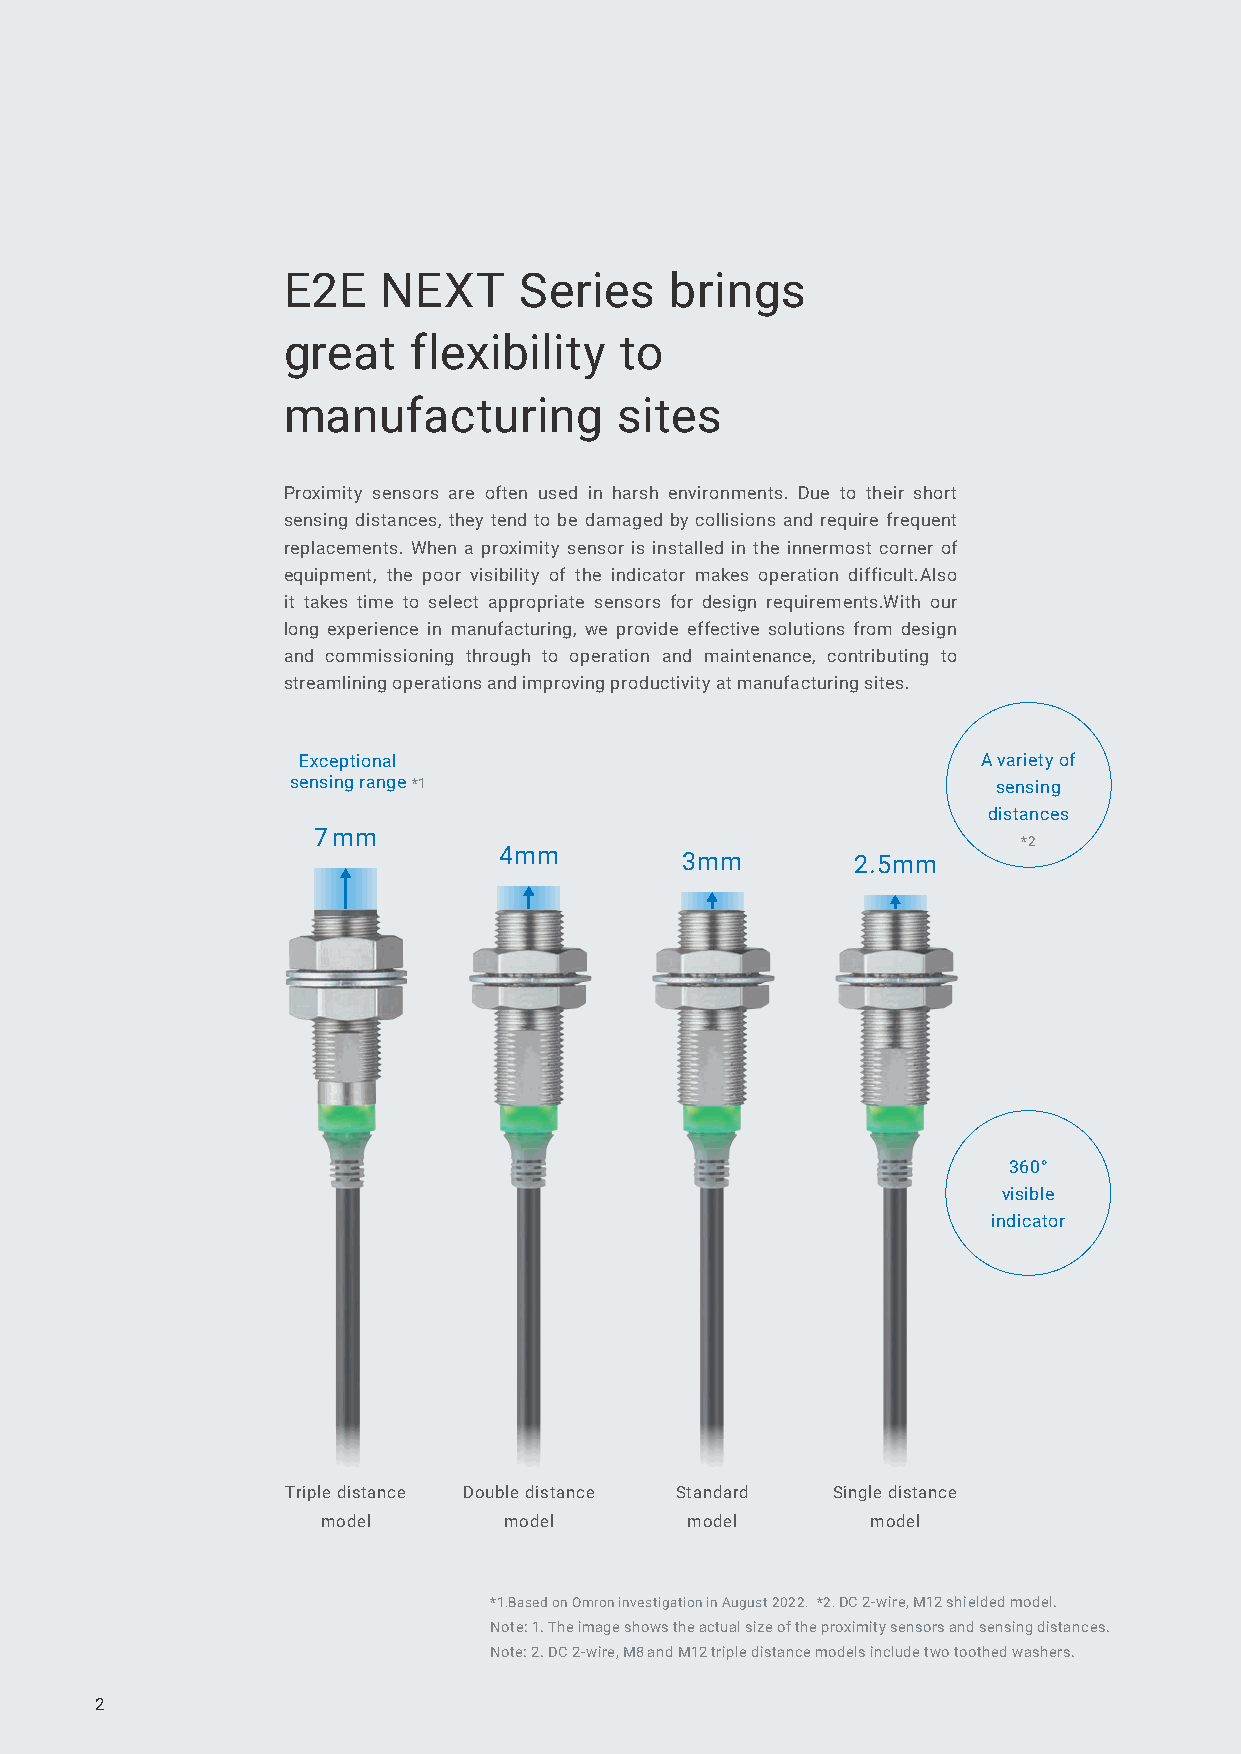
E2E   NEXT     Series    brings
 great   flexibility   to
 manufacturing         sites
 Proximity sensors are often used in harsh environments. Due to their short
 sensing distances, they tend to be damaged by collisions and require frequent
 replacements. When a proximity sensor is installed in the innermost corner of
 equipment, the poor visibility of the indicator makes operation difficult.Also
 it takes time to select appropriate sensors for design requirements.With our
 long experience in manufacturing, we provide effective solutions from design
 and commissioning through to operation and maintenance, contributing to
 streamlining operations and improving productivity at manufacturing sites.
 Exceptional                                  A variety of
 sensing range *1                               sensing
 distances
 7mm
 *2
 4mm         3mm        2.5mm
 360°
 visible
 indicator
 Triple distance Double distance Standard Single distance
 model       model       model        model
 *1.Based on Omron investigation in August 2022. *2. DC 2-wire, M12 shielded model.
 Note: 1. The image shows the actual size of the proximity sensors and sensing distances.
 Note: 2. DC 2-wire, M8 and M12 triple distance models include two toothed washers.
 2